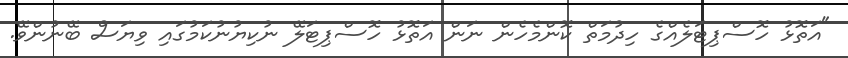
"އަތޮޅު ހޮސްޕިޓަލެއްގެ ހިދުމަތް ކޮންމެހެން ނަން އަތޮޅު ހޮސްޕިޓަލޭ ނުކިޔުނުކަމުގައި ވިޔަސް ބޭނުންވޭ.